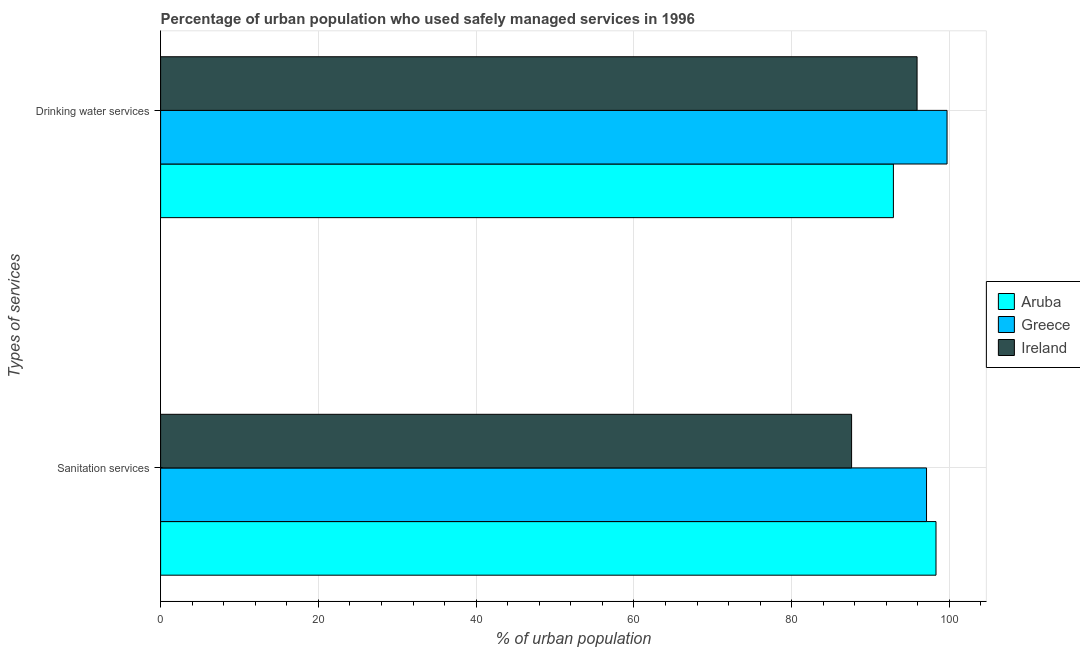
| Types of services | Aruba | Greece | Ireland |
 | --- | --- | --- | --- |
 | Sanitation services | 98.3 | 97.1 | 87.6 |
 | Drinking water services | 92.9 | 99.7 | 95.9 |